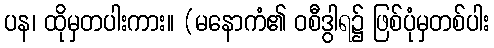
ပန၊ ထိုမှတပါးကား။ (မနောကံ၏ ဝစီဒွါရ၌ ဖြစ်ပုံမှတစ်ပါး